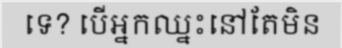
ទេ? បើអ្នកឈ្នះនៅតែមិន